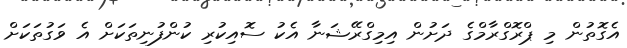
އެގޮތުން މި ޕްރޮގްރާމްގެ ދަށުން އިމިގްރޭޝަނާ އެކު ސޮއިކުރި ކުންފުނިތަކަށް އެ ވަގުތަކަށް